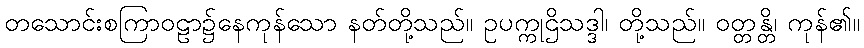
တသောင်းစကြာဝဠာ၌နေကုန်သော နတ်တို့သည်။ ဥပက္ကုဌိသဒ္ဒါ၊ တို့သည်။ ဝတ္တန္တိ၊ ကုန်၏။